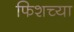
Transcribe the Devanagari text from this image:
फिशच्या